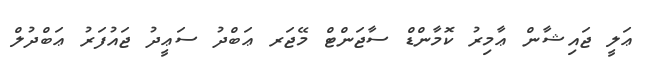
ޢަލީ ޖައިޝާން ޢާމިރު ކޮމާންޑް ސާޖަންޓް މޭޖަރ ޢަބްދު ސަޢީދު ޖައުފަރު ޢަބްދުލް